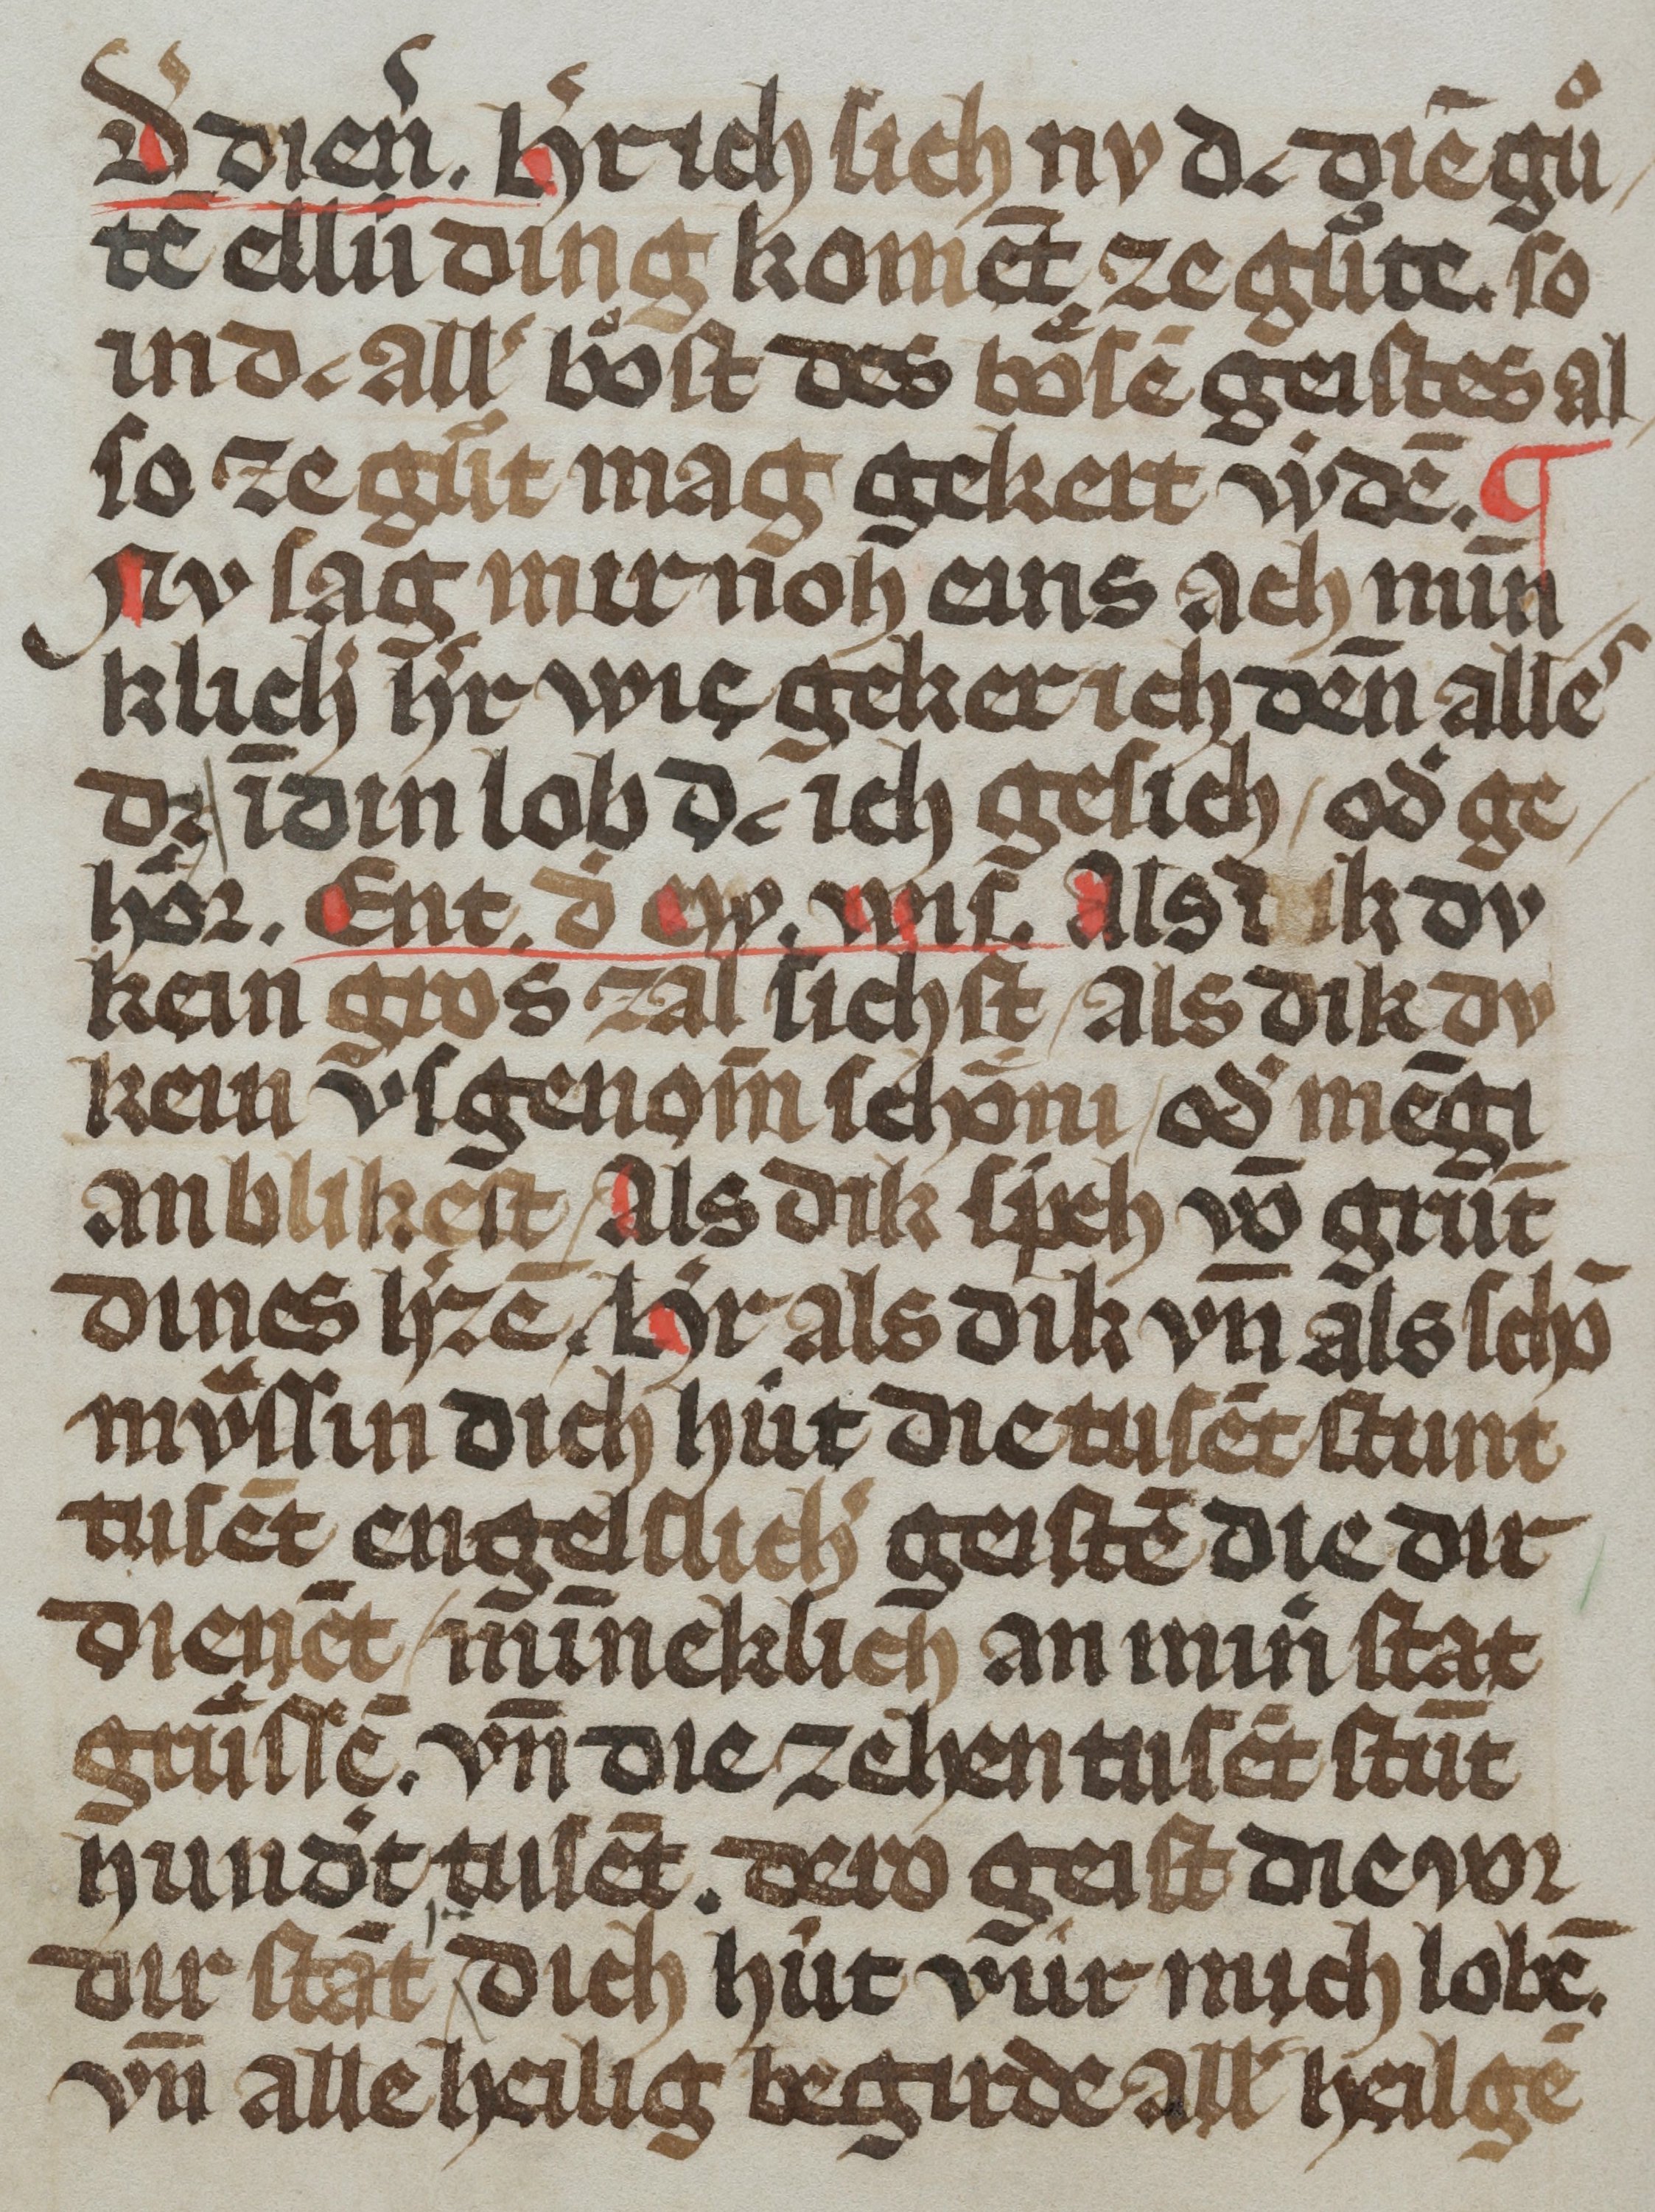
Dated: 1300–1399